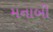
મનાબી